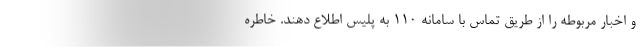
و اخبار مربوطه را از طریق تماس با سامانه ۱۱۰ به پلیس اطلاع دهند. خاطره